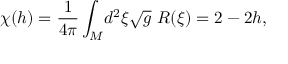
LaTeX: \chi ( h ) = \frac { 1 } { 4 \pi } \int _ { M } \! d ^ { 2 } \xi \sqrt { g } \ { \cal R } ( \xi ) = 2 - 2 h ,